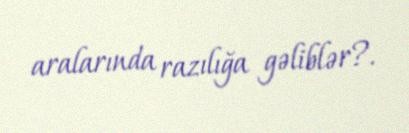
aralarında razılığa gəliblər?.